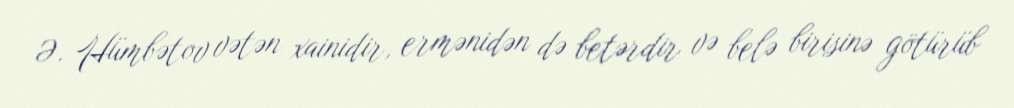
Ə. Hümbətov vətən xainidir, ermənidən də betərdir və belə birisinə götürüb